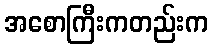
အစောကြီးကတည်းက